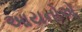
આયનોએ